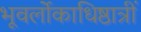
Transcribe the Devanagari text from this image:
भूवर्लोकाधिष्ठात्रीं